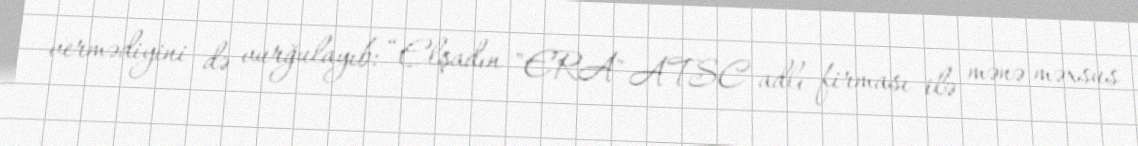
vermədiyini də vurğulayıb: “Elşadın "ERA" ATSC adlı firması ilə mənə məxsus